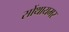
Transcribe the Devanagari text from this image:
सोंथायमर